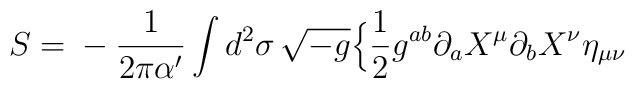
S={}-{1\over 2\pi\alpha'} \int d^{2}\sigma\,  \sqrt{-g} \Bigl\{{1\over 2} g^{ab}\partial_{a} X^{\mu} \partial_{b}  X^{\nu} \eta_{\mu\nu}